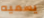
يسميه